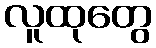
လူထုတွေ